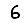
Digit: 6